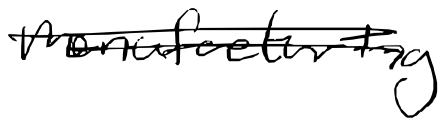
Text: manufacturing
Cross-out: double-line
Writing tool: digital_black